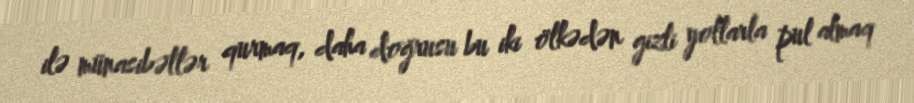
ilə münasibətlər qurmaq, daha doğrusu bu iki ölkədən gizli yollarla pul almaq